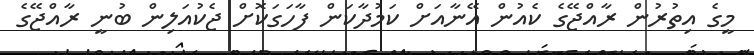
މީގެ އިތުރުން ރާއްޖޭގެ ކެއުން އޭނާއަށް ކަމުދާކަން ފާހަގަކޮށް ޖެކުއަލިން ބުނީ ރާއްޖޭގެ